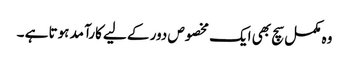
وہ مکمل سچ بھی ایک مخصوص دور کے لیے کارآمد ہوتا ہے ۔